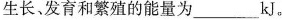
生长、发育和繁殖的能量为______kJ。